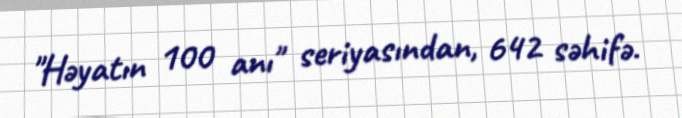
"Həyatın 100 anı" seriyasından, 642 səhifə.